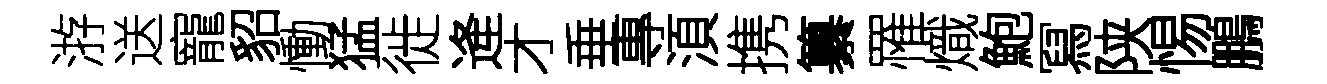
㳺送寵貂慟猛徙逄才垂專湏携纂罹熾鮑冩陕惕鵬